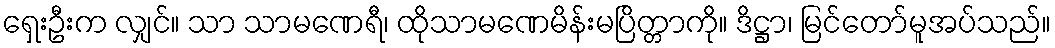
ရှေးဦးက လျှင်။ သာ သာမဏေရီ၊ ထိုသာမဏေမိန်းမပြိတ္တာကို။ ဒိဋ္ဌာ၊ မြင်တော်မူအပ်သည်။